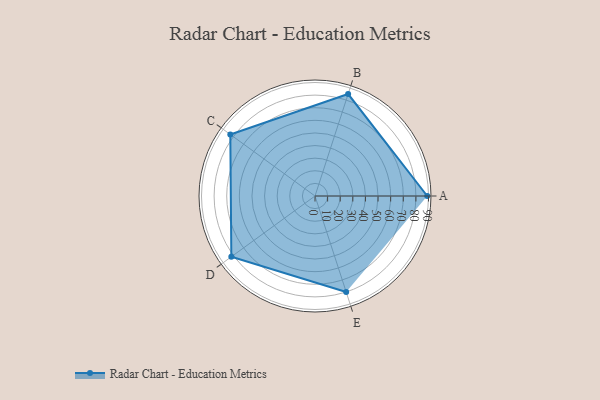
{"axis": {"x": "Skill", "y": "Score"}, "legend": ["Profile"], "data": [{"x": "A", "y": 89.0, "type": "Profile"}, {"x": "B", "y": 85.0, "type": "Profile"}, {"x": "C", "y": 83.0, "type": "Profile"}, {"x": "D", "y": 82.0, "type": "Profile"}, {"x": "E", "y": 80.0, "type": "Profile"}]}